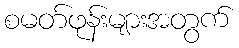
စမတ်ဖုန်းများအတွက်